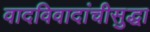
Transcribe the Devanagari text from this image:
वादविवादांचीसुद्धा